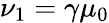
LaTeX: \nu_{1}=\gamma\mu_{0}